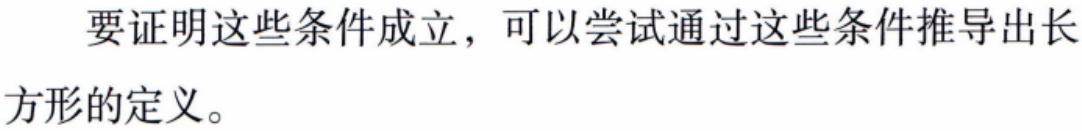
要证明这些条件成立，可以尝试通过这些条件推导出长方形的定义。